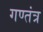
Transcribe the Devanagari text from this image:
गण्तंत्र